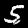
Label: 5